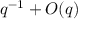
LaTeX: q ^ { - 1 } + { O } ( q )